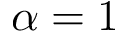
\alpha = 1